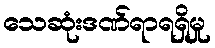
သေဆုံးဒဏ်ရာရရှိမှု